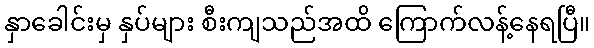
နှာခေါင်းမှ နှပ်များ စီးကျသည်အထိ ကြောက်လန့်နေရပြီ။